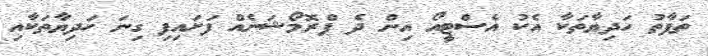
ތަފާތު ހަދިޔާތަކާ އެކު އެސްޓީއޯ އިން ދެ ޕްރޮމޯޝަނެއް ފަށައިފި ގިނަ ހަދިޔާތަކާއި